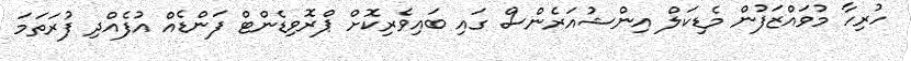
ހުރިހާ މުވައްޒަފުން މެޑިކަލް އިންޝުއަރެންސް ގައި ބައިވެރިކޮށް ޕްރޮވިޑެންޓް ފަންޑެއް އުފެއްދި ފުރަތަމަ